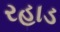
રહાડ